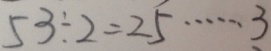
5 3 \div 2 = 2 5 \cdots 3